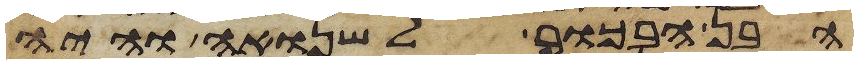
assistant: הבן הבכור לשנואה והיה